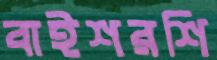
বাইশরশি